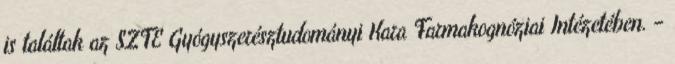
is találtak az SZTE Gyógyszerésztudományi Kara Farmakognóziai Intézetében. –